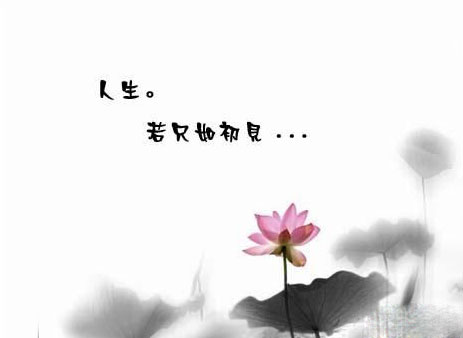
人生若只如初见，何事秋风悲画扇。